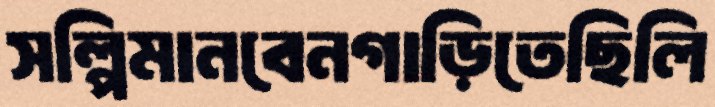
সল্পিমানবেনগাড়িতেছিলি